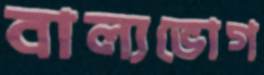
বাল্যভোগ